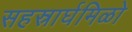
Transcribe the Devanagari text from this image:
सहस्रार्घमिळो